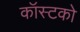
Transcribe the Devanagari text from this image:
कॉस्टको